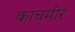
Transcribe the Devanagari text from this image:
काचमीर